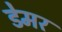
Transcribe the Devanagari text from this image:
डेमर